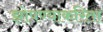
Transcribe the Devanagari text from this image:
झोपण्याकरिता